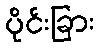
ပိုင်းခြား